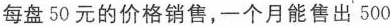
每盘50元的价格销售，一个月能售出500